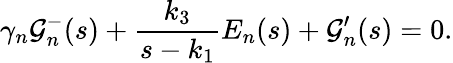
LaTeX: \gamma_{n}\mathcal{G}_{n}^{-}(s)+\frac{k_{3}}{s-k_{1}}E_{n}(s)+\mathcal{G}_{n}^{\prime}(s)=0.